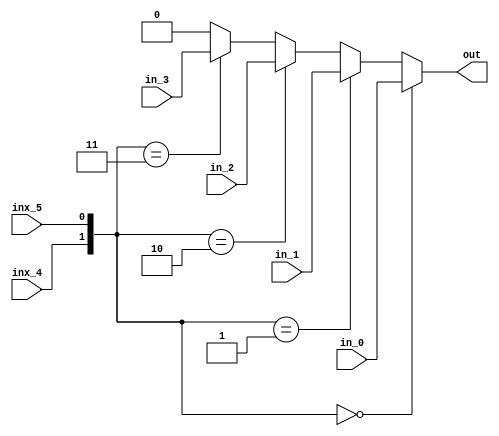
module multiplexer(
    in_0,
    in_1,
    in_2,
    in_3,
    inx_4,
    inx_5,
    out
);

input in_0;
input in_1;
input in_2;
input in_3;
input inx_4;
input inx_5;
output reg out;

always@(*)
    if({inx_4, inx_5} == 2'b00)
        out = in_0;
    else if({inx_4, inx_5} == 2'b01)
        out = in_1;
    else if({inx_4, inx_5} == 2'b10)
        out = in_2;
    else if({inx_4, inx_5} == 2'b11)
        out = in_3;
    else
        out = 2'b00;

endmodule